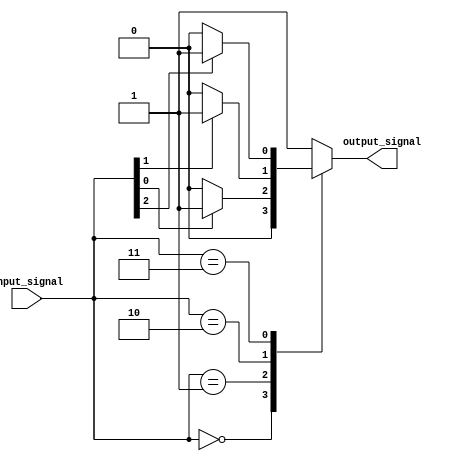
module case_statement(
    input [2:0] input_signal,
    output reg output_signal
);

always @(*)
begin
    case(input_signal)
        3'b000: begin
            output_signal = 1'b0;
        end
        3'b001: begin
            if(input_signal[0])
                output_signal = 1'b1;
            else
                output_signal = 1'b0;
        end
        3'b010: begin
            if(input_signal[1])
                output_signal = 1'b1;
            else
                output_signal = 1'b0;
        end
        3'b011: begin
            if(input_signal[2])
                output_signal = 1'b1;
            else
                output_signal = 1'b0;
        end
        default: begin
            output_signal = 1'b1;
        end
    endcase
end

endmodule